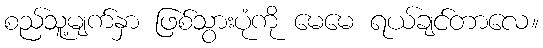
စည်သူ့မျက်နှာ ဖြစ်သွားပုံကို မေမေ ရယ်ချင်တာလေ။